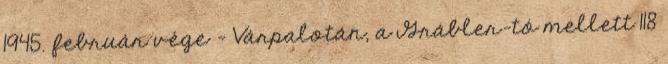
1945. február vége – Várpalotán, a Grábler-tó mellett 118